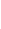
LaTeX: \! \! \! \! \! \! \! \! \! \! \! \eta\! \! \! \! \! \! \! \! \! \! \! \! _{\! }\! \! \! \! \! \! \! \! \! \! \! 2\! \! \! \! \! \! \! \! \! \! \! \! =\! \! \! \! \! \! \! \! \! \! \! \! \eta\! \! \! \! \! \! \! \! \! \! \! \! (r\! \! \! \! \! \! \! \! \! \! \! \! ,\! \! \! \! \! \! \! \! \! \! \! \! 0\! \! \! \! \! \! \! \! \! \! \! \! )\! \! \! \! \! \! \! \! \! \! \!